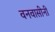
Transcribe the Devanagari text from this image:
वनवासीनी